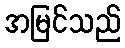
အမြင်သည်